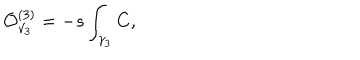
LaTeX: { \cal O } _ { \gamma _ { 3 } } ^ { ( 3 ) } = - s \int _ { \gamma _ { 3 } } C ,